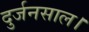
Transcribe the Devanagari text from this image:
दुर्जनसाल।